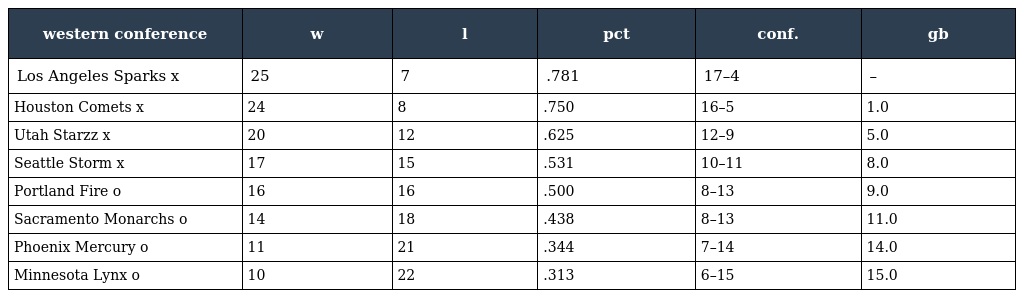
| western conference | w | l | pct | conf. | gb |
 | --- | --- | --- | --- | --- | --- |
 | Los Angeles Sparks x | 25 | 7 | .781 | 17–4 | – |
 | Houston Comets x | 24 | 8 | .750 | 16–5 | 1.0 |
 | Utah Starzz x | 20 | 12 | .625 | 12–9 | 5.0 |
 | Seattle Storm x | 17 | 15 | .531 | 10–11 | 8.0 |
 | Portland Fire o | 16 | 16 | .500 | 8–13 | 9.0 |
 | Sacramento Monarchs o | 14 | 18 | .438 | 8–13 | 11.0 |
 | Phoenix Mercury o | 11 | 21 | .344 | 7–14 | 14.0 |
 | Minnesota Lynx o | 10 | 22 | .313 | 6–15 | 15.0 |